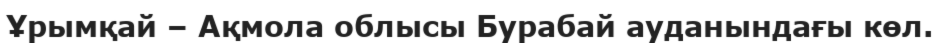
Ұрымқай – Ақмола облысы Бурабай ауданындағы көл.